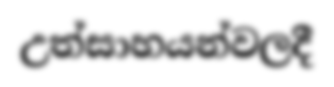
උත්සාහයන්වලදී